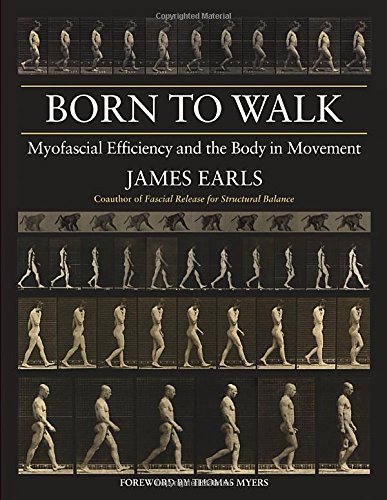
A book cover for Born to Walk: Myofascial Efficiency and the Body in Movement; James Earls; Health, Fitness & Dieting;